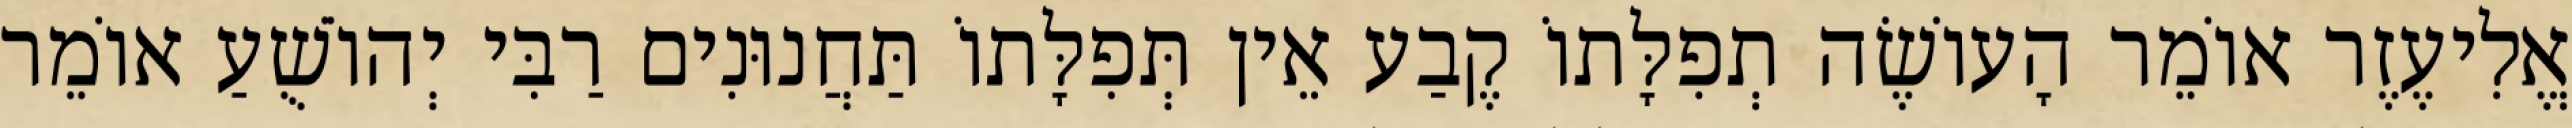
אֱלִיעֶזֶר אוֹמֵר הָעוֹשֶׂה תְפִלָּתוֹ קֶבַע אֵין תְּפִלָּתוֹ תַּחֲנוּנִים רַבִּי יְהוֹשֻׁעַ אוֹמֵר